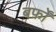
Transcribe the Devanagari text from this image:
बर्फ़ों